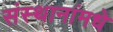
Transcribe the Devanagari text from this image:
संस्थानांमधे